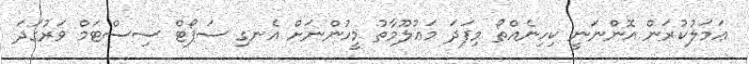
ޢަމަލުކުރަން އޮންނަނީ ކިހިނެއްތޯ މިފަދަ މަޢުލޫމާތު މީހުންނަށް އެނގި ސަޕޯޓް ސިސްޓަމް ވަރުގަދަ